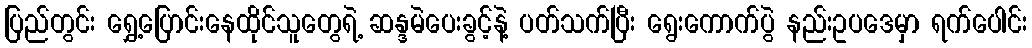
ပြည်တွင်း ရွှေ့ပြောင်းနေထိုင်သူတွေရဲ့ ဆန္ဒမဲပေးခွင့်နဲ့ ပတ်သက်ပြီး ရွေးကောက်ပွဲ နည်းဥပဒေမှာ ရက်ပေါင်း